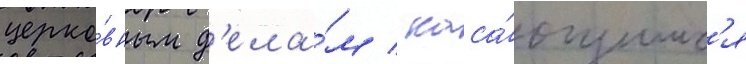
церко́вным д'ела́м / каса́ющимс'я